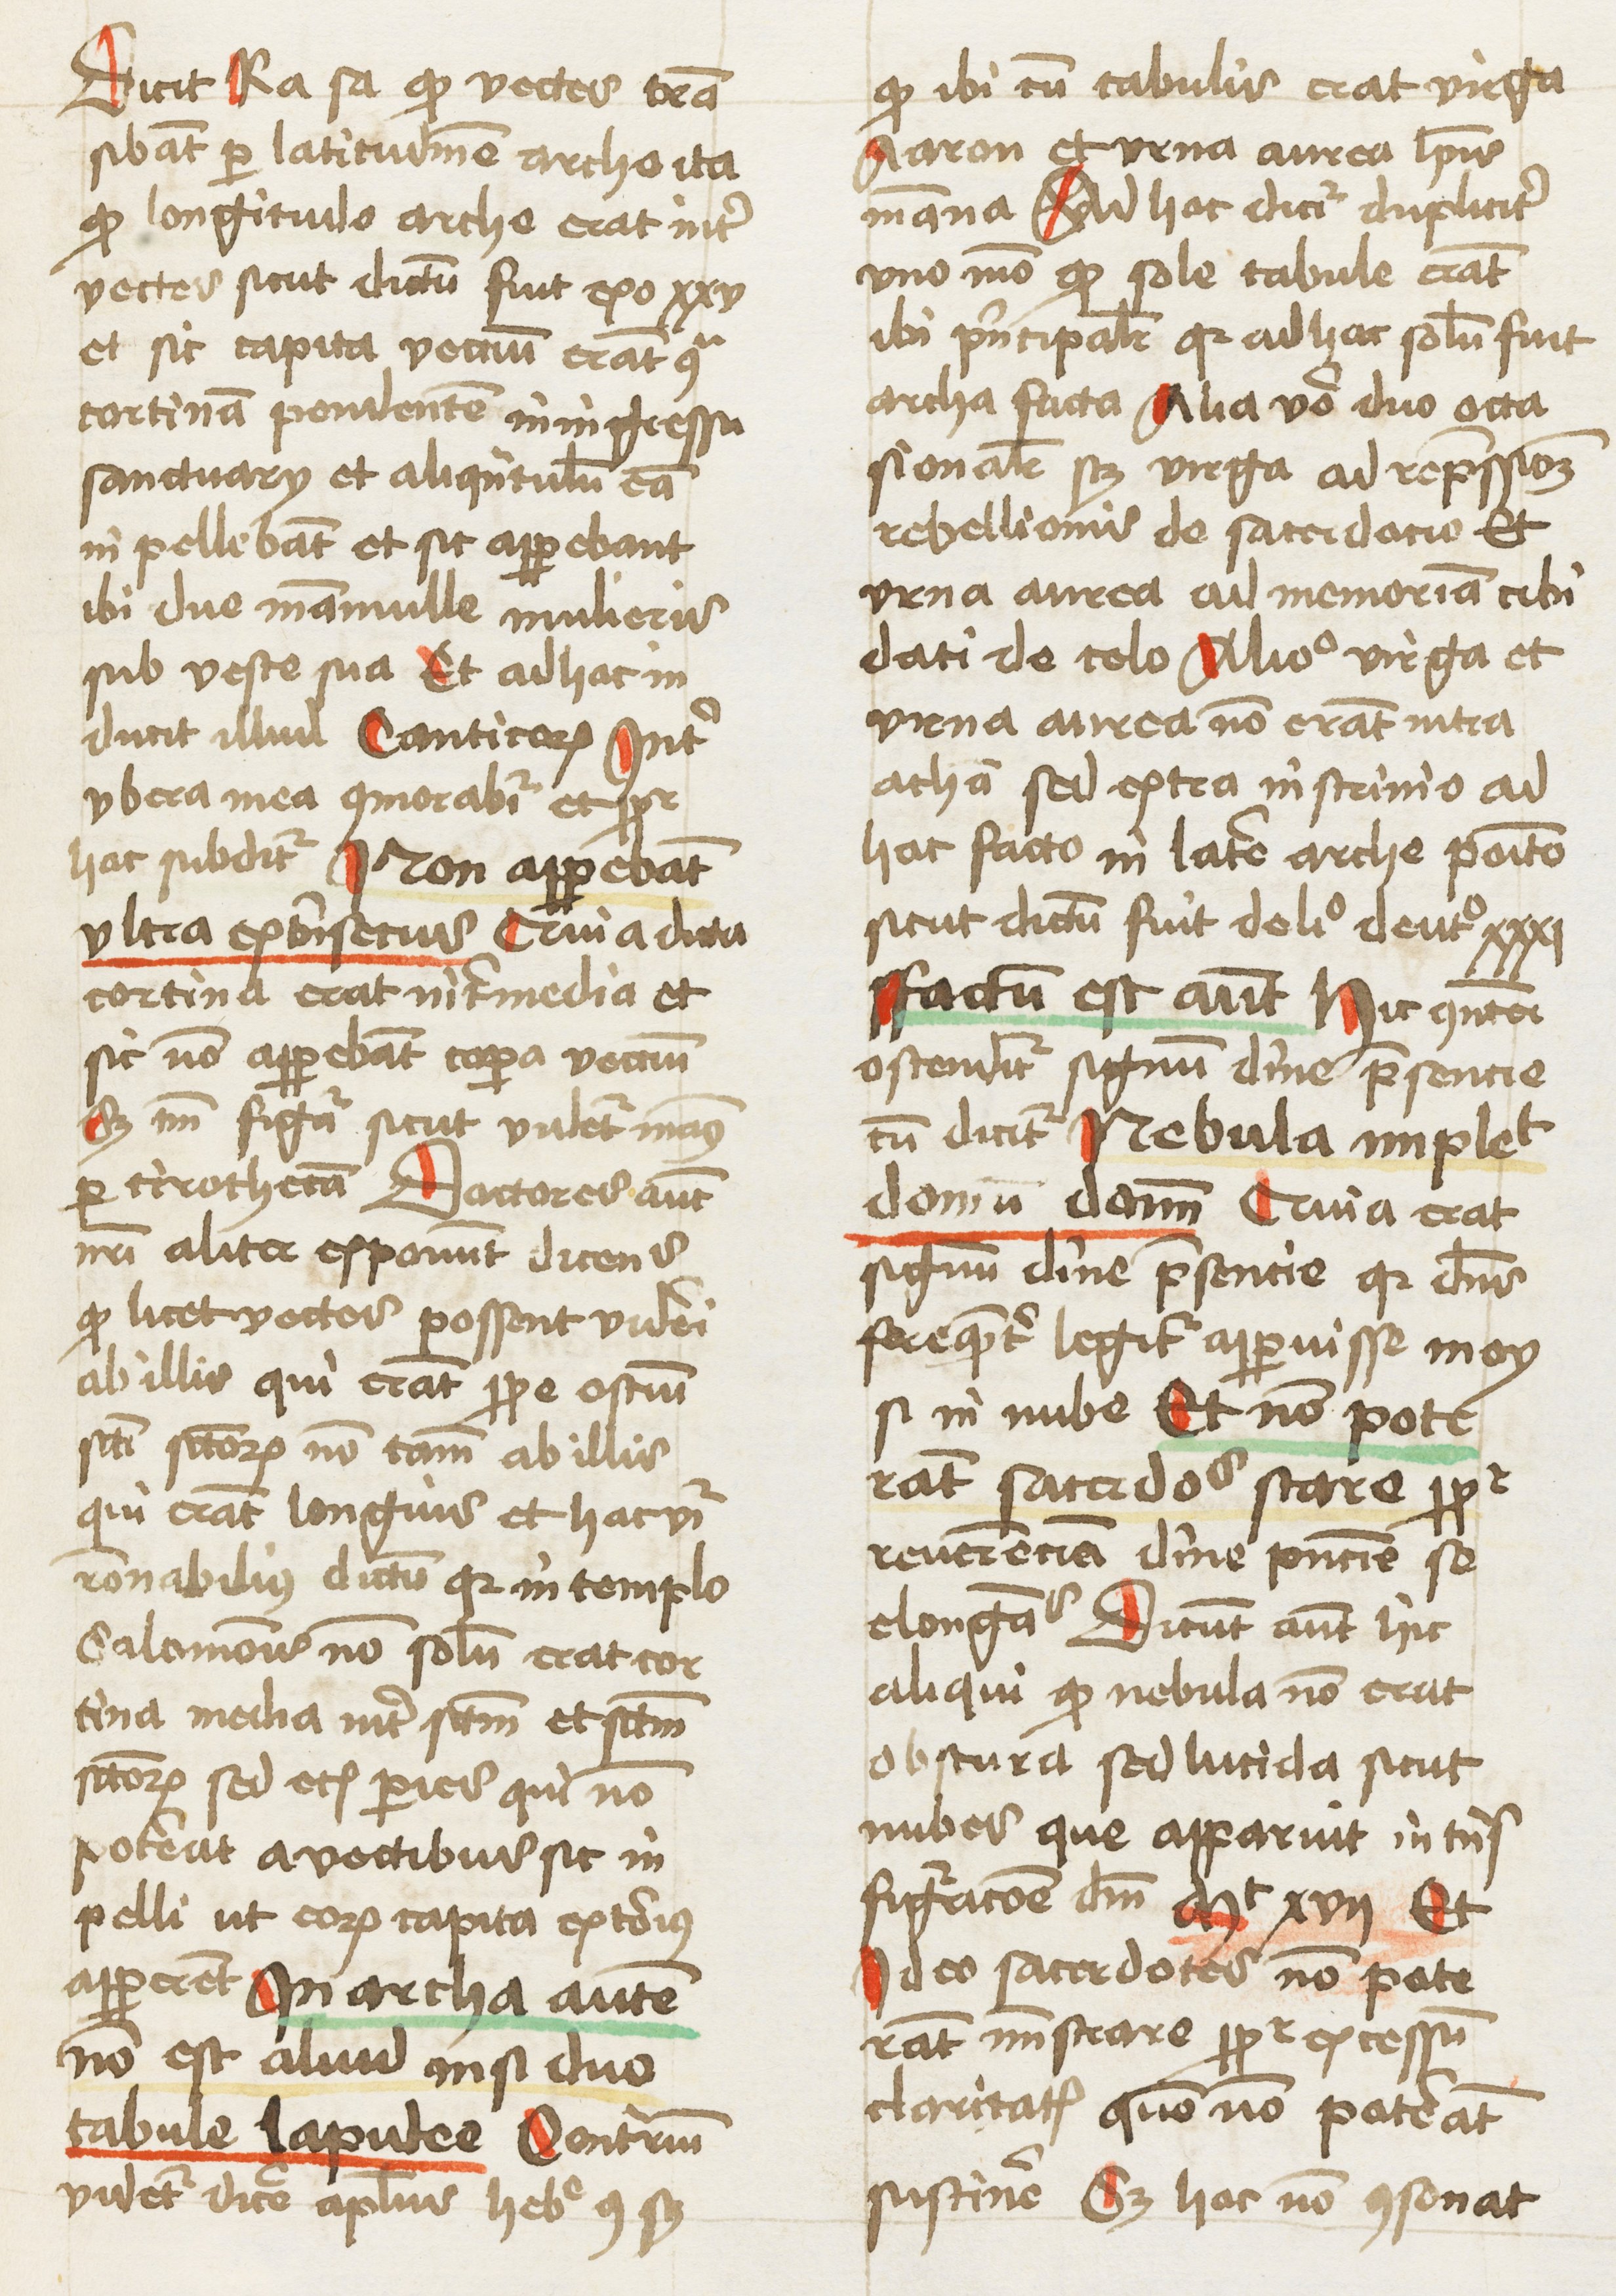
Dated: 1460–1462